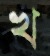
খ